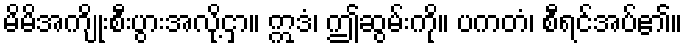
မိမိအကျိုးစီးပွားအလို့ငှာ။ ဣဒံ၊ ဤဆွမ်းကို။ ပကတံ၊ စီရင်အပ်၏။